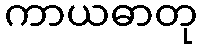
ကာယဓာတု